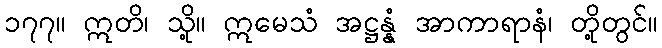
၁၇၇။ ဣတိ၊ သို့။ ဣမေသံ အဋ္ဌန္နံ အာကာရာနံ၊ တို့တွင်။